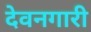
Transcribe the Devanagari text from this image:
देवनगारी